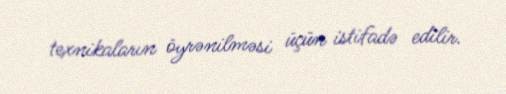
texnikaların öyrənilməsi üçün istifadə edilir.